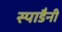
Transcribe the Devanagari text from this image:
स्पाडैनी